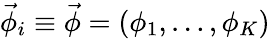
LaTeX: {\vec{\phi}}_{i}\equiv\vec{\phi}=\left(\phi_{1},\ldots,\phi_{K}\right)